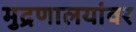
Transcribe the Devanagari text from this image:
मुद्रणालयांवर